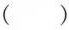
()